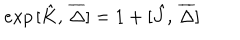
LaTeX: e x p \, [ \hat { K } , \, \overline { { { \Delta } } } ] = 1 + [ \hat { J } , \, \overline { { { \Delta } } } ]